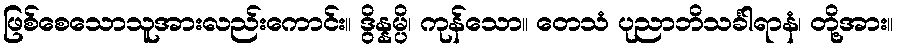
ဖြစ်စေသောသူအားလည်းကောင်း။ ဒွိန္နမ္ပိ၊ ကုန်သော။ တေသံ ပုညာဘိသင်္ခါရာနံ၊ တို့အား။